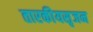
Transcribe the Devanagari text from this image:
तारकीयसृजन